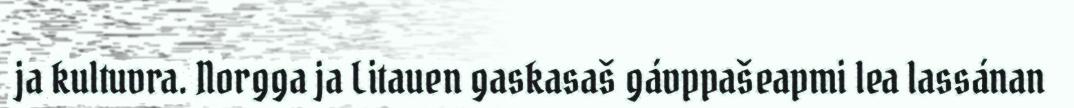
ja kultuvra. Norgga ja Litauen gaskasaš gávppašeapmi lea lassánan